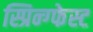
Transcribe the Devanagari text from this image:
स्प्रिन्ग्फेस्ट